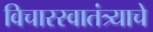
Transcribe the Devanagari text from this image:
विचारस्वातंत्र्याचे